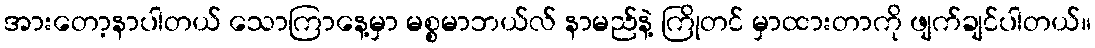
အားတော့နာပါတယ် သောကြာနေ့မှာ မစ္စမာဘယ်လ် နာမည်နဲ့ ကြိုတင် မှာထားတာကို ဖျက်ချင်ပါတယ်။